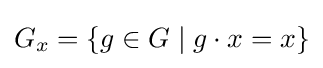
G_{x}=\{g\in G\mid g\cdot x=x\}